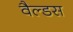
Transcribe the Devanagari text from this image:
वैल्डस